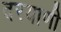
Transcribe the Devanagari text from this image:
दरयाणी